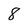
Character: 8